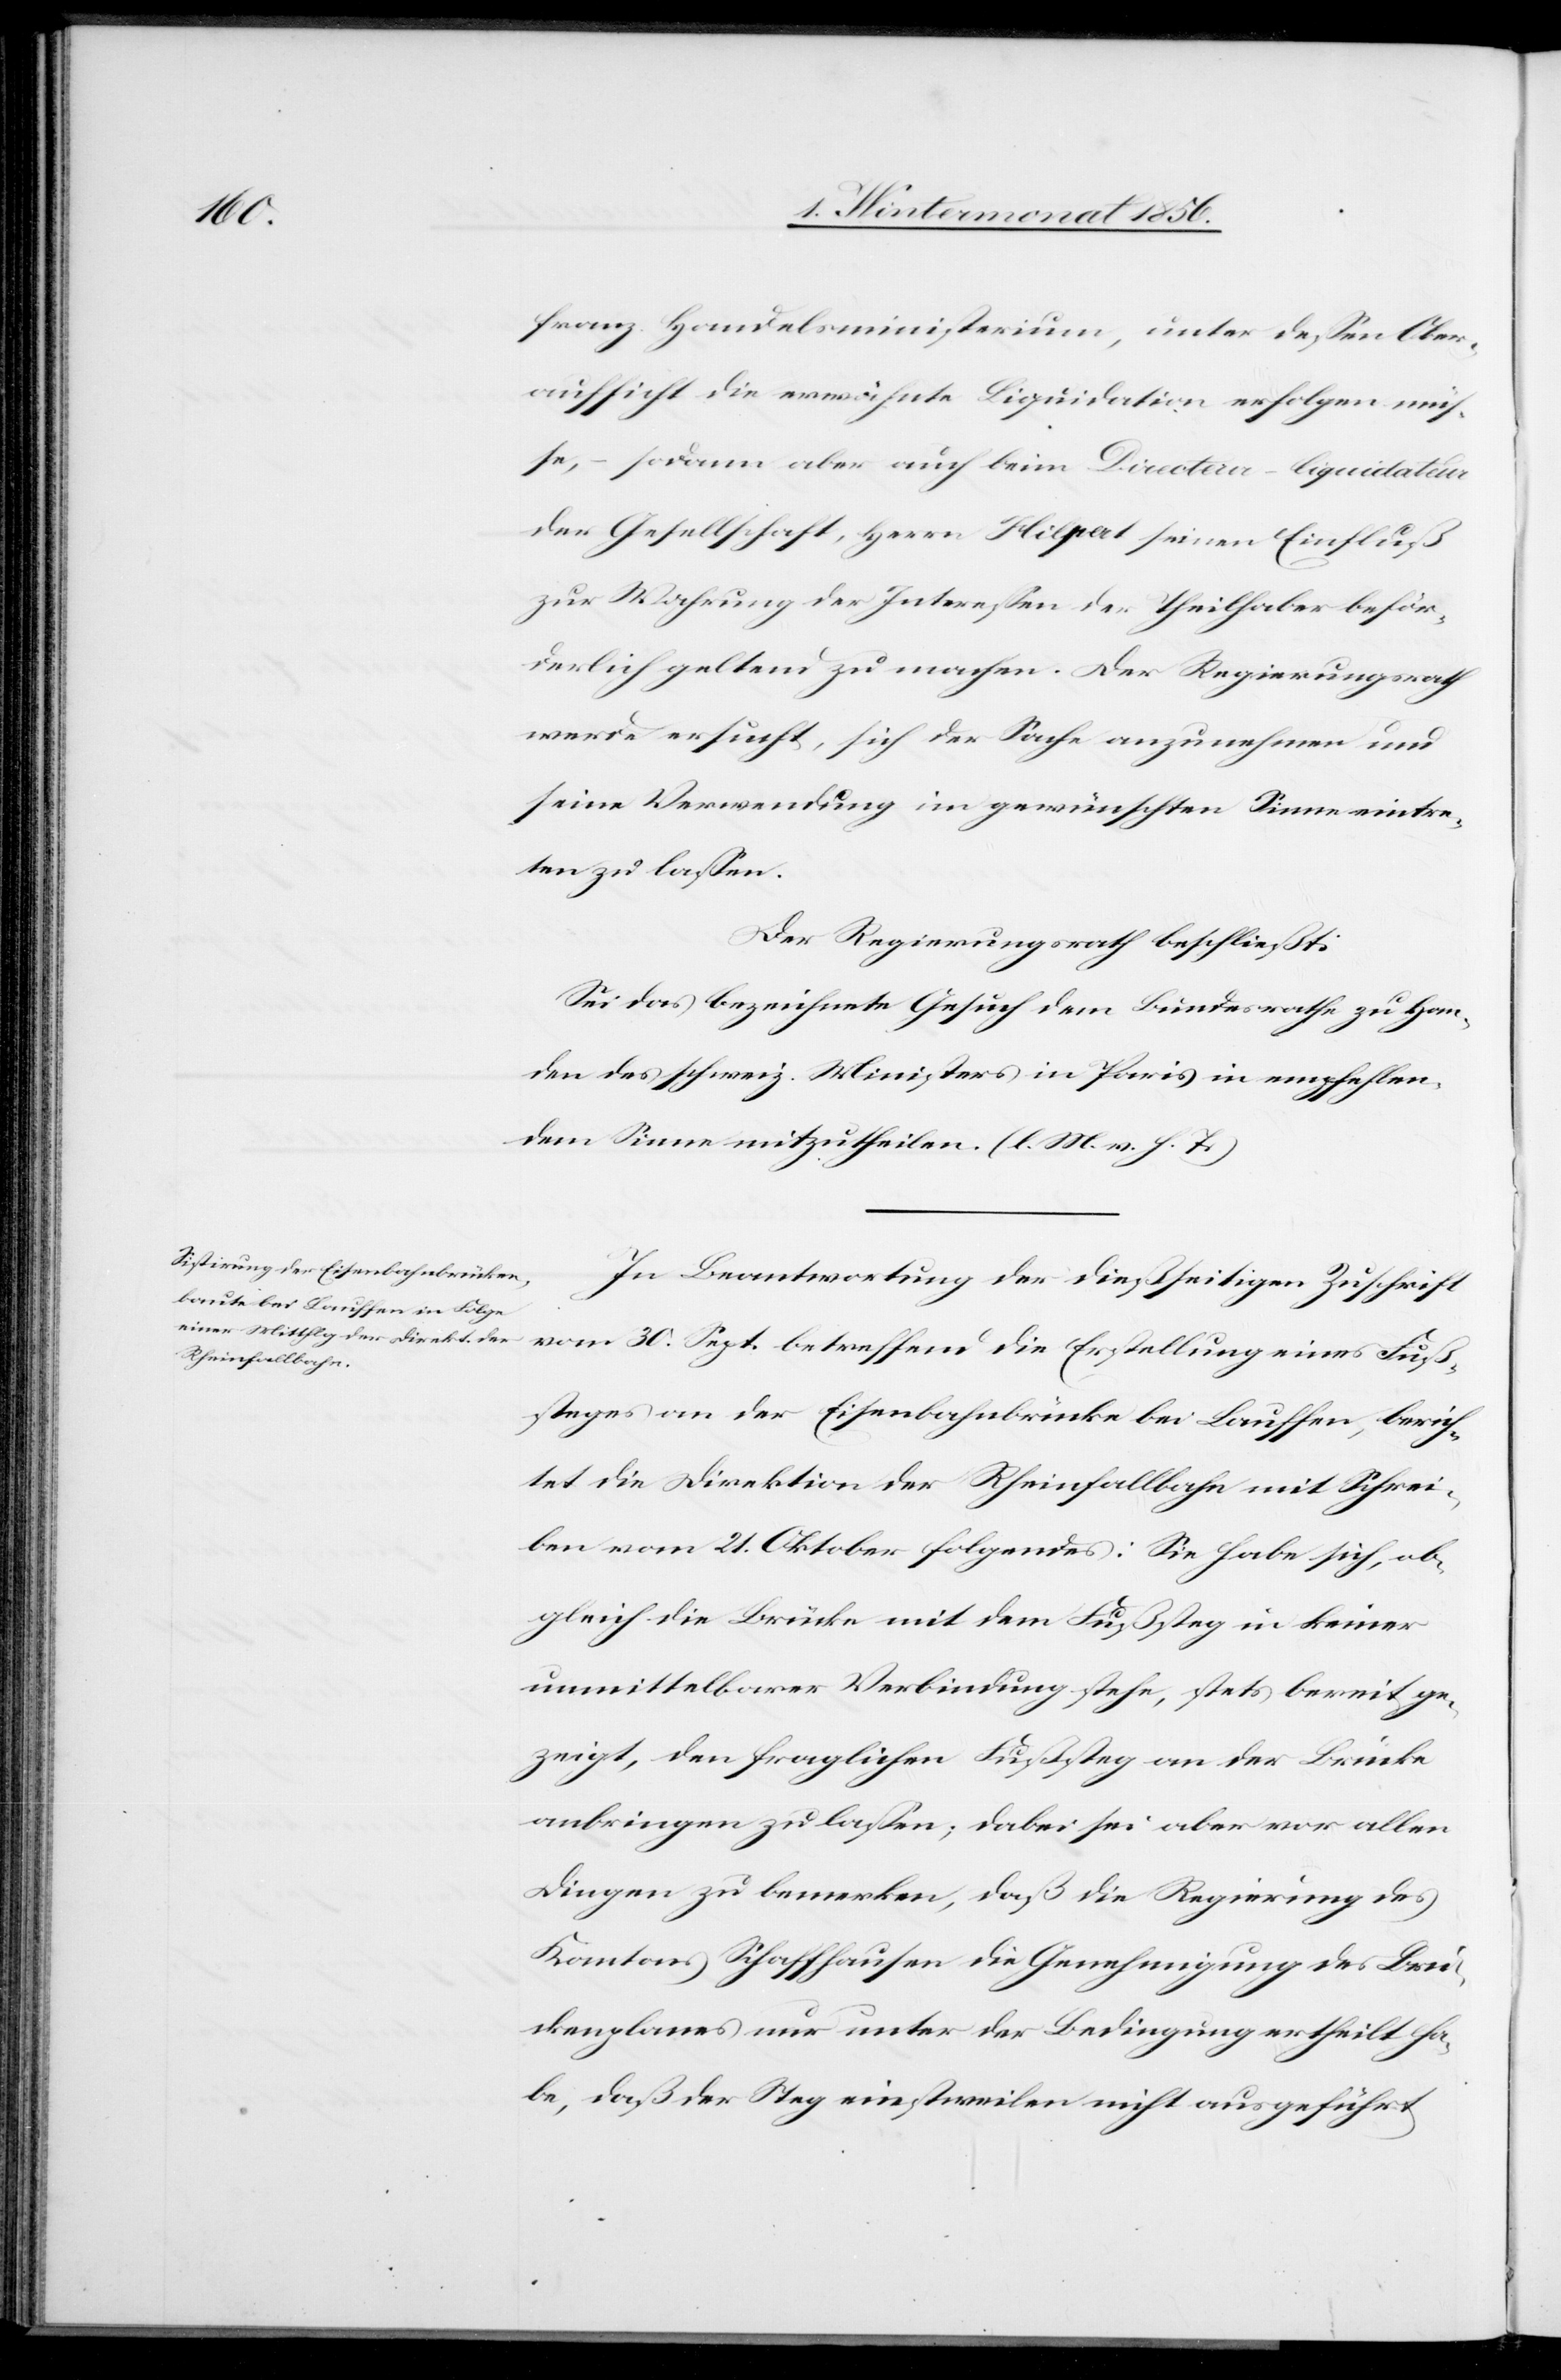
franz. Handelsministerium, unter dessen Ober¬
aufsicht die erwähnte Liquidation erfolgen müs¬
se, – sodann aber auch beim Directeur-liquidateur
der Gesellschaft, Herrn Hilpert seinen Einfluß
zur Wahrung der Interessen der Theilhaber beför¬
derlich geltend zu machen. Der Regierungsrath
werde ersucht, sich der Sache anzunehmen und
seine Verwendung im gewünschten Sinne eintre¬
ten zu lassen.
Der Regierungsrath beschließt:
Sei das bezeichnete Gesuch dem Bundesrathe zu Han¬
den des schweiz. Ministers in Paris in empfehlen¬
dem Sinne mitzutheilen. (l. M. v. h. T.)
In Beantwortung der dießseitigen Zuschrift
vom 30. Sept. betreffend die Erstellung eines Fuß¬
steges an der Eisenbahnbrücke bei Lauffen, berich¬
tet die Direktion der Rheinfallbahn mit Schrei¬
ben vom 21. Oktober folgendes: Sie habe sich, ob¬
gleich die Brücke mit dem Fußsteg in keiner
unmittelbarer Verbindung stehe, stets bereit ge¬
zeigt, den fraglichen Fußsteg an der Brücke
anbringen zu lassen; dabei sei aber vor allen
Dingen zu bemerken, daß die Regierung des
Kantons Schaffhausen die Genehmigung des Brü¬
ckenplanes nur unter der Bedingung ertheilt ha¬
be, daß der Steg einstweilen nicht ausgeführt